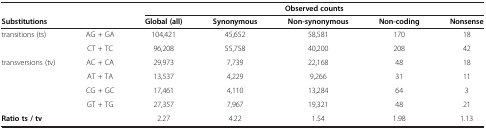
| <COLSPAN=2>  | <COLSPAN=5> Observed counts |
 | <COLSPAN=2> Substitutions | Global (all) | Synonymous | Non-synonymous | Non-coding | Nonsense |
 | --- | --- | --- | --- | --- | --- | --- |
 | transitions (ts) | AG + GA | 104,421 | 45,652 | 58,581 | 170 | 18 |
 |  | CT + TC | 96,208 | 55,758 | 40,200 | 208 | 42 |
 | transversions (tv) | AC + CA | 29,973 | 7,739 | 22,168 | 48 | 18 |
 |  | AT + TA | 13,537 | 4,229 | 9,266 | 31 | 11 |
 |  | CG + GC | 17,461 | 4,110 | 13,284 | 64 | 3 |
 |  | GT + TG | 27,357 | 7,967 | 19,321 | 48 | 21 |
 | <COLSPAN=2> Ratio ts / tv | 2.27 | 4.22 | 1.54 | 1.98 | 1.13 |